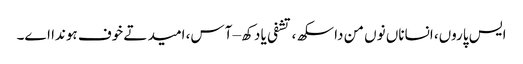
ایس پاروں، انساناں نوں من دا سکھ، تشفی یا دکھ – آس، امید تے خوف ہوندا اے۔